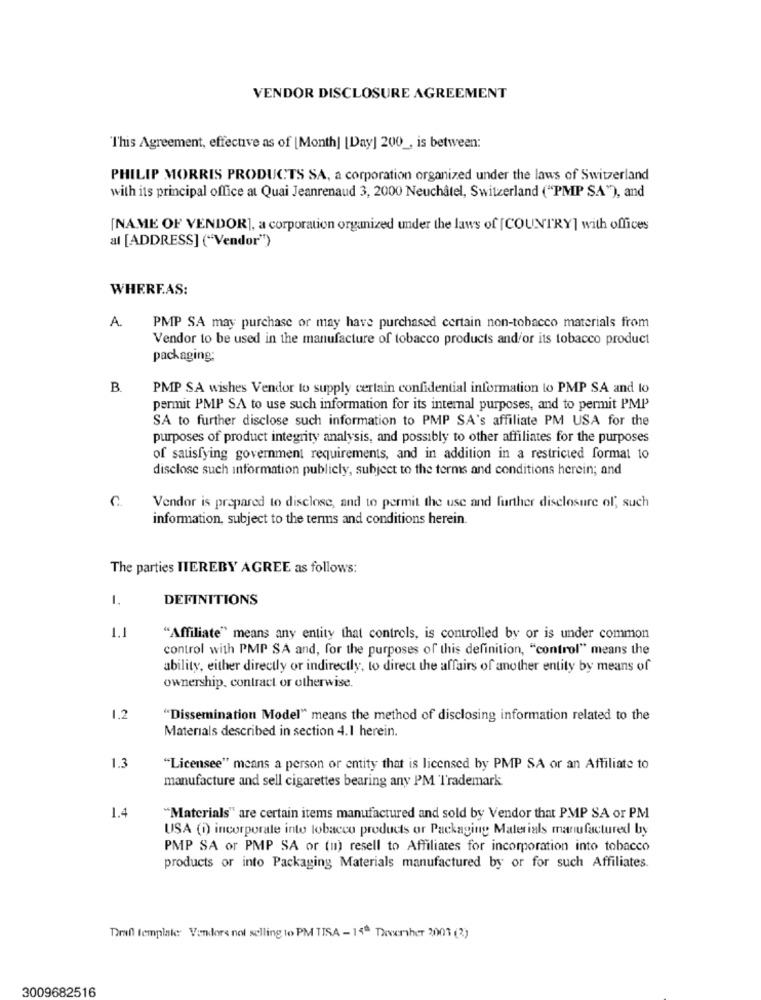
VENDOR DISCLOSURE AGREEMENT
"This Agreement, effective as of [Month] [Day] 200 _, is between:
PHILIP MORRIS PRODUCTS SA, a corporation organized under the laws of Switzerland
with its principal office at Quai Jeanrenaud 3, 2000 Neuchâtel, Switzerland ("PMP SA"), and
[NAME OF VENDOR], a corporation organized under the laws of [COUNTRY] with offices
al [ADDRESS] ("Vendor")
WHEREAS:
A.
PMP SA may purchase or may have purchased certain non-tobacco materials from
Vendor to be used in the manufacture of tobacco products and/or its tobacco product
packaging;
B.
PMP SA wishes Vendor to supply certain confidential information to PMP SA and to
permit PMP SA to use such information for its internal purposes, and to permit PMP
SA to further disclose such information to PMP SA's affiliate PM USA for the
purposes of product integrity analysis, and possibly to other affiliates for the purposes
of satisfying government requirements, and in addition in a restricted format to
disclose such information publicly, subject to the terms and conditions herein; and
C.
Vendor is prepared to disclose, and to permit the use and further disclosure of, such
information, subject to the terms and conditions herein
The parties HEREBY AGREE as follows:
DEFINITIONS
1.1
"Affiliate" means any entity that controls, is controlled by or is under common
control with PMP SA and, for the purposes of this definition, "control" means the
ability, either directly or indirectly, to direct the affairs of another entity by means of
ownership, contract or otherwise.
1.2
"Dissemination Model" means the method of disclosing information related to the
Materials described in section 4.1 herein.
1.3
"Licensee" means a person or entity that is licensed by PMP SA or an Affiliate to
manufacture and sell cigarettes bearing any PM Trademark
1.4
"Materials" are certain items manufactured and sold by Vendor that PMP SA or PM
USA (1) incorporate into tobacco products or Packaging Materials manufactured by
PMP SA or PMP SA or (un) resell to Affiliates for incorporation into tobacco
products or into Packaging Materials manufactured by or for such Affiliates.
Tiril template Vendors nol selling to PM TISA - 148. Dowversher 2001 (3)
3009682516